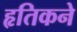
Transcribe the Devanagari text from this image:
हृतिकने